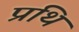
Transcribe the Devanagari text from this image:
प्रथि